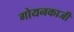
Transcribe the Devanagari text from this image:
गोयनकाजी